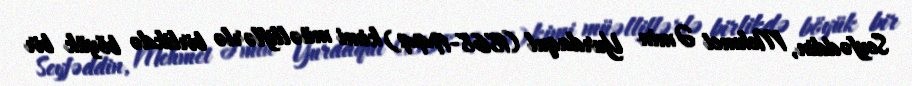
Seyfəddin, Mehmet Əmin Yurdaqul (1868-1944) kimi müəlliflərlə birlikdə böyük bir